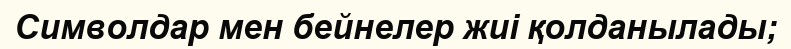
Символдар мен бейнелер жиі қолданылады;